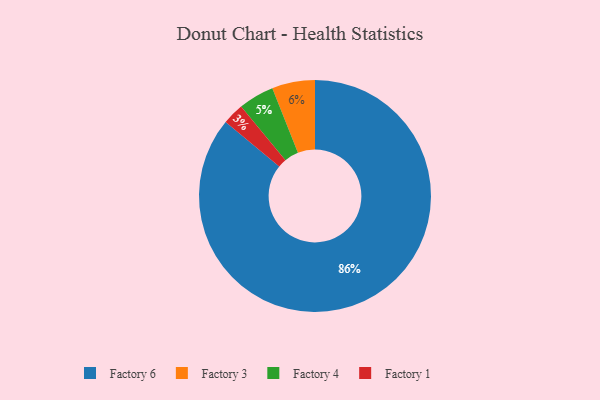
{"axis": {"x": "Category", "y": "Percentage"}, "legend": ["Factory 1", "Factory 3", "Factory 4", "Factory 6"], "data": [{"x": "Factory 3", "y": 6, "type": "Factory 3"}, {"x": "Factory 1", "y": 3, "type": "Factory 1"}, {"x": "Factory 6", "y": 86, "type": "Factory 6"}, {"x": "Factory 4", "y": 5, "type": "Factory 4"}]}